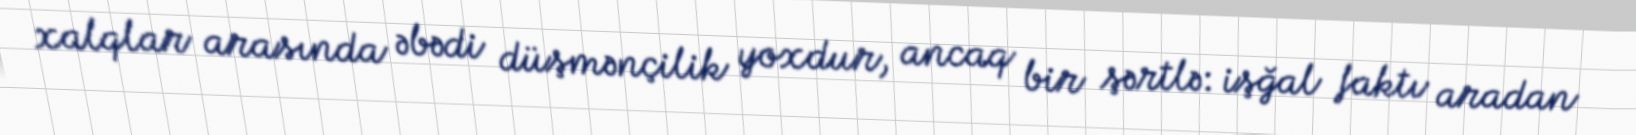
xalqlar arasında əbədi düşmənçilik yoxdur, ancaq bir şərtlə: işğal faktı aradan